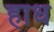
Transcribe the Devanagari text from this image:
हाध